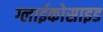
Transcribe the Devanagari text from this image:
ग्लाईकोसाइड